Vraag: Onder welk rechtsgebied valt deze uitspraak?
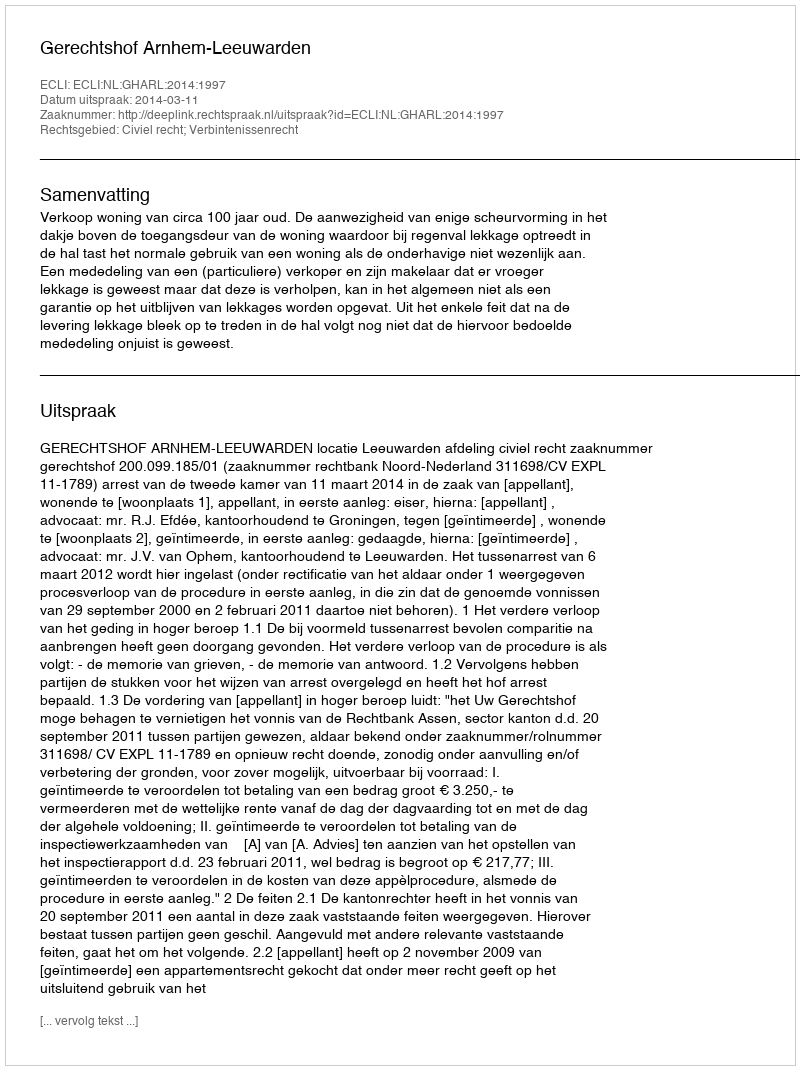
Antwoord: Civiel recht; Verbintenissenrecht